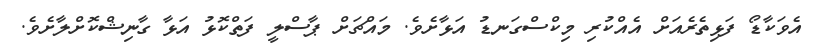
އެވަކާޑޯ ފަޅިތެރެއަށް އެއްކުރި މިކްސްގަނޑު އަޅާށެވެ. މައްޗަށް ޕާސްލީ ފަތްކޮޅު އަޅާ ގާނިޝްކޮށްލާށެވެ.